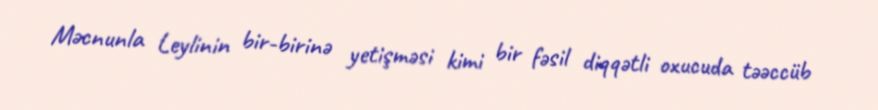
Məcnunla Leylinin bir-birinə yetişməsi kimi bir fəsil diqqətli oxucuda təəccüb